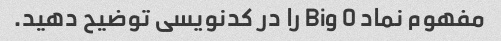
مفهوم نماد Big O را در کدنویسی توضیح دهید.